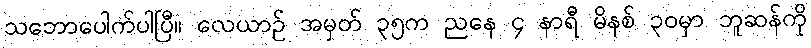
သဘောပေါက်ပါပြီ။ လေယာဉ် အမှတ် ၃၅က ညနေ ၄ နာရီ မိနစ် ၃၀မှာ ဘူဆန်ကို